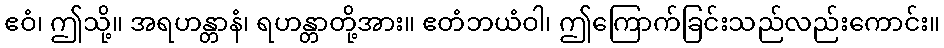
ဧဝံ၊ ဤသို့။ အရဟန္တာနံ၊ ရဟန္တာတို့အား။ ဧတံဘယံဝါ၊ ဤကြောက်ခြင်းသည်လည်းကောင်း။